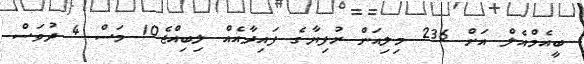
ބީއެމްއެލް އަށް 236 މިލިއަން ރުފިޔާގެ ފައިދާއެއް ލިބިއްޖެ10 މަސް 4 ދުވަސް